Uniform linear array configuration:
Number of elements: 32
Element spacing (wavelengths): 1
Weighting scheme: exponential
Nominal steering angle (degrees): -45
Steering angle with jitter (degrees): -46.134
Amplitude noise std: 0.05
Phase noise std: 0.05

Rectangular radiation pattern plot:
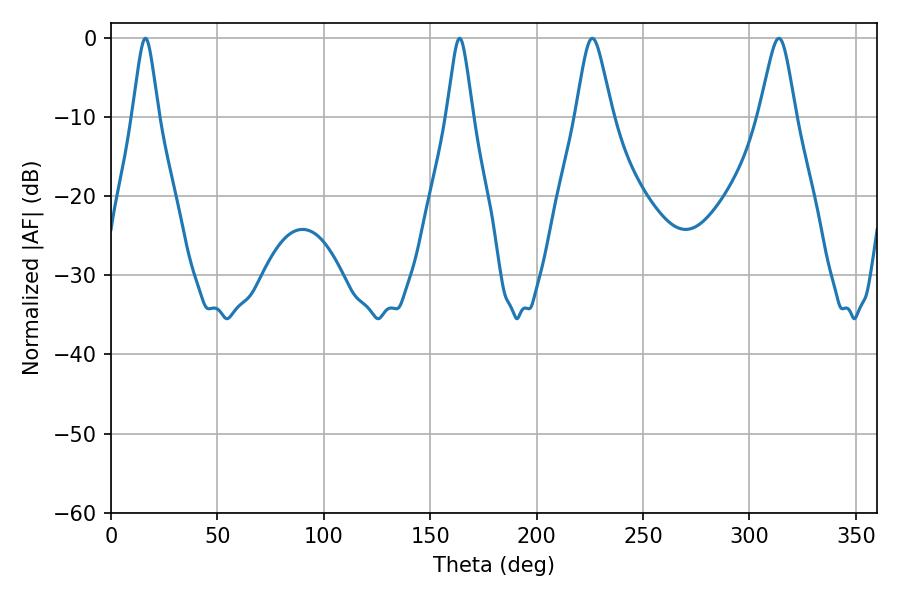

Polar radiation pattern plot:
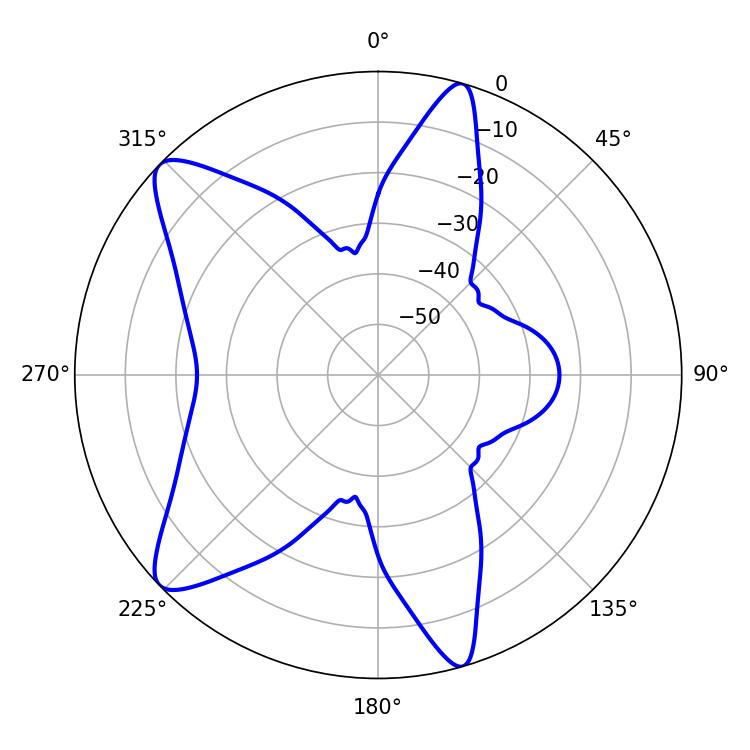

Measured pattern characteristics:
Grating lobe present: TRUE
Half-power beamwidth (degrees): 5.76
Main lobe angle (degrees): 16.2